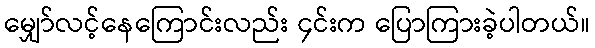
မျှော်လင့်နေကြောင်းလည်း ၄င်းက ပြောကြားခဲ့ပါတယ်။